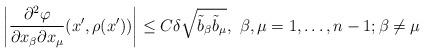
LaTeX: \begin{align*}\left|\frac{\partial^2 \varphi}{\partial x_\beta \partial x_\mu} (x', \rho (x'))\right| \leq C \delta \sqrt{\tilde{b}_\beta \tilde{b}_\mu},\ \beta, \mu = 1, \ldots, n-1; \beta \neq \mu\end{align*}